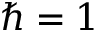
\hbar = 1